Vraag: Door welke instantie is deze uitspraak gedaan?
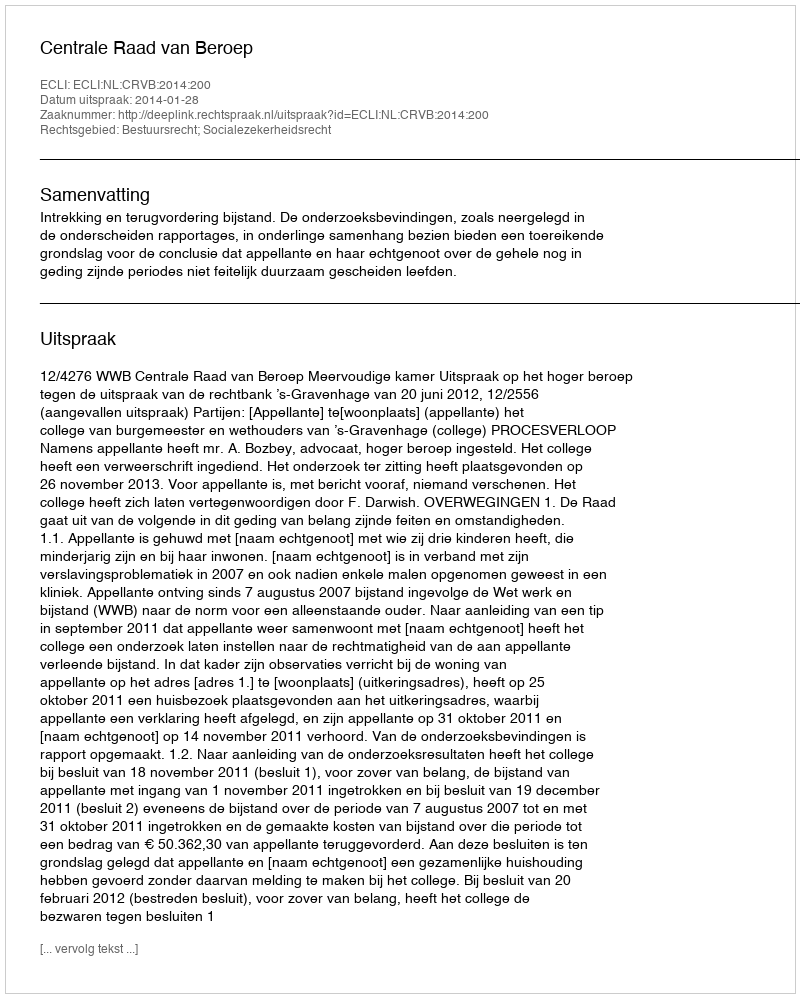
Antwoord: Centrale Raad van Beroep